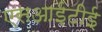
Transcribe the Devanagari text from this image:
एसआईटीई